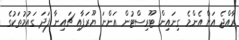
ރާއްޖެ އަށް އެންމެ ގިނައިން ޓޫރިސްޓުން އަންނަ ޔޫރަޕާއި ޗައިނާ ފަދަ ގައުމުތަކުގެ